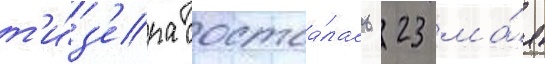
т'и́з'ера состоа́лась 23 ма́я